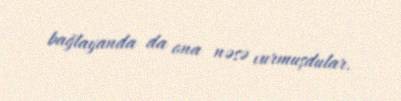
bağlayanda da ona nəsə vurmuşdular.